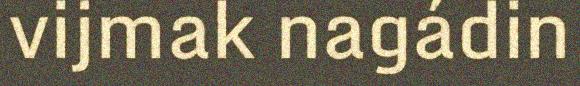
vijmak nagádin